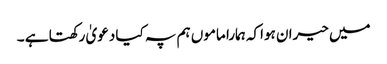
میں حیران ہواکہ ہمارا ماموں ہم پہ کیا دعویٰ رکھتا ہے ۔